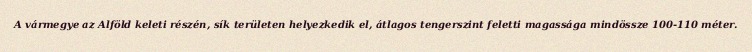
A vármegye az Alföld keleti részén, sík területen helyezkedik el, átlagos tengerszint feletti magassága mindössze 100-110 méter.